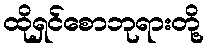
ထိုရှင်စောဘုရားတို့